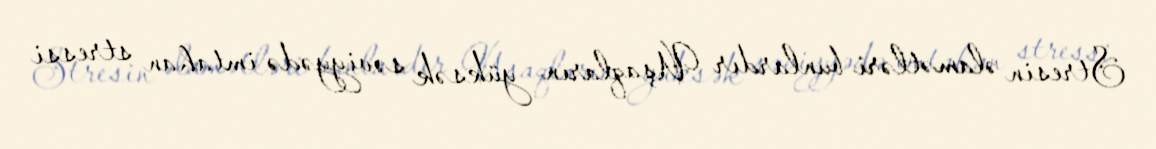
Stresin əlamətləri bunlardır Uşaqların yüksək səviyyədə imtahan stressi